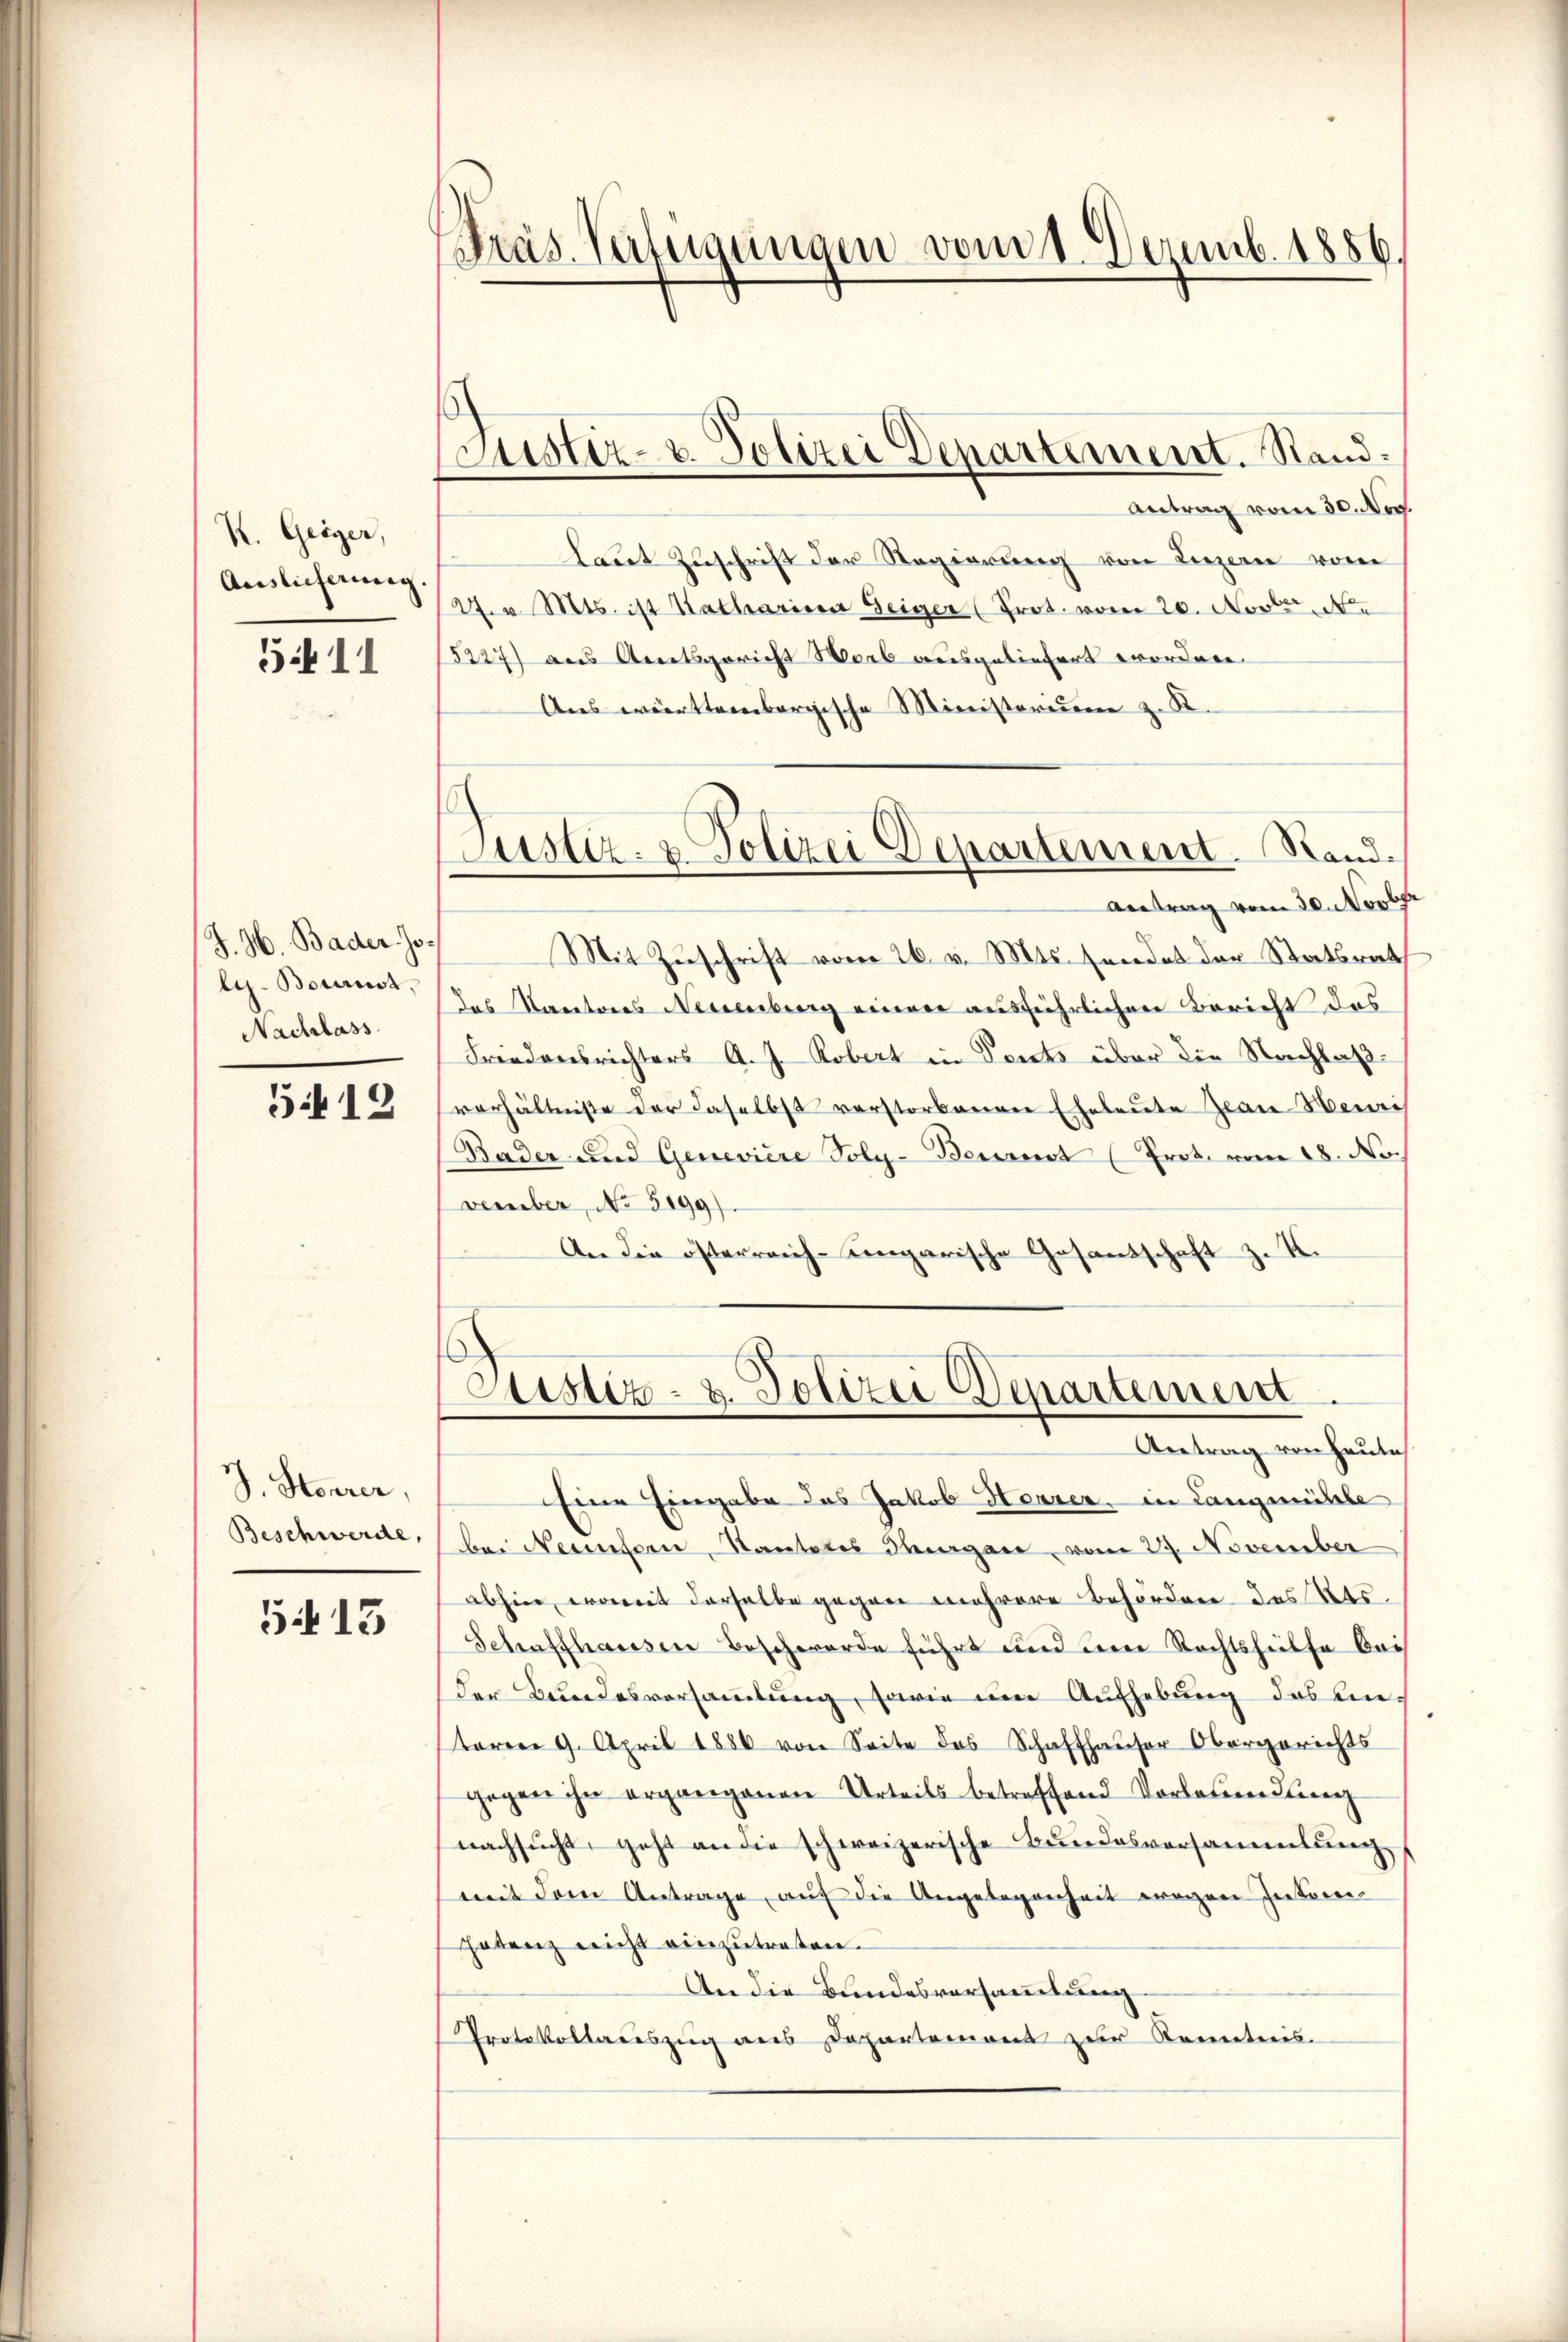
K. Geiger,
Auslieferung

5.11

J. H. Bader Joles-Boturnst,
Nachlass

5412

J. Steurer,
Beschwerde,

5413

Präs. Verlegungen vom 1. Dezemb. 1856.

Coustiz- & Polizei Departement. Stand¬

Antrag vom 30. Nov.
laut Zuschrift der Regierung von Luzern vom
27. v. Mts. ist Katharina Zeiger (Prot. vom 20. Nov. Ne
5227) aus Amtsgericht Worb ausgeliefert worden.
Ans württembergische Ministerium z. R.
Mit Zuschrift vom 26. v. Mts. sendet der Statsrat
das Kantons Neuenburg einen ausführlichen Bericht des
Friedensrichters A. J. Robert in Posts über die Nachlaßverhältniße der daselbst verstorbenen Eheleute zwar Meiris
Bader und Genevière Poly-Berrest (Prot. vom 18. No.
vember, No 5199).
An die österreich-ungarische Gesandschaft z. K.

Justiz- & Polizei Departement. Stand.
Antrag vom 30. Novber

Justiz- u. Polizei Departement
Antrag von Heute

Eine Eingabe das Jakob Haarer, in Langmühle
bei Nemtern, Santales dergane, vom 29. November
abhier, womit derselbe gegen mehrere Behörden des Kts.
Schaffhaussen Beschwerde führt und die Rechtshilfe bei
der Bundesversammlung, sowie im Aufhebung des unteren 9. April 1886 von Seite des Schaffhauser Obergerichts
gegen ihn ergangenen Urteils betreffend Vorlesendung
nachsucht, geht an die schweizerische Bundesversammlung,
mit dem Antrage aŭf die Angelegenheit wegen Interei
hatenz nicht einzutreten.
An die Bundesversammlung
Protokollaceszug aus Departement zur Kenntnis